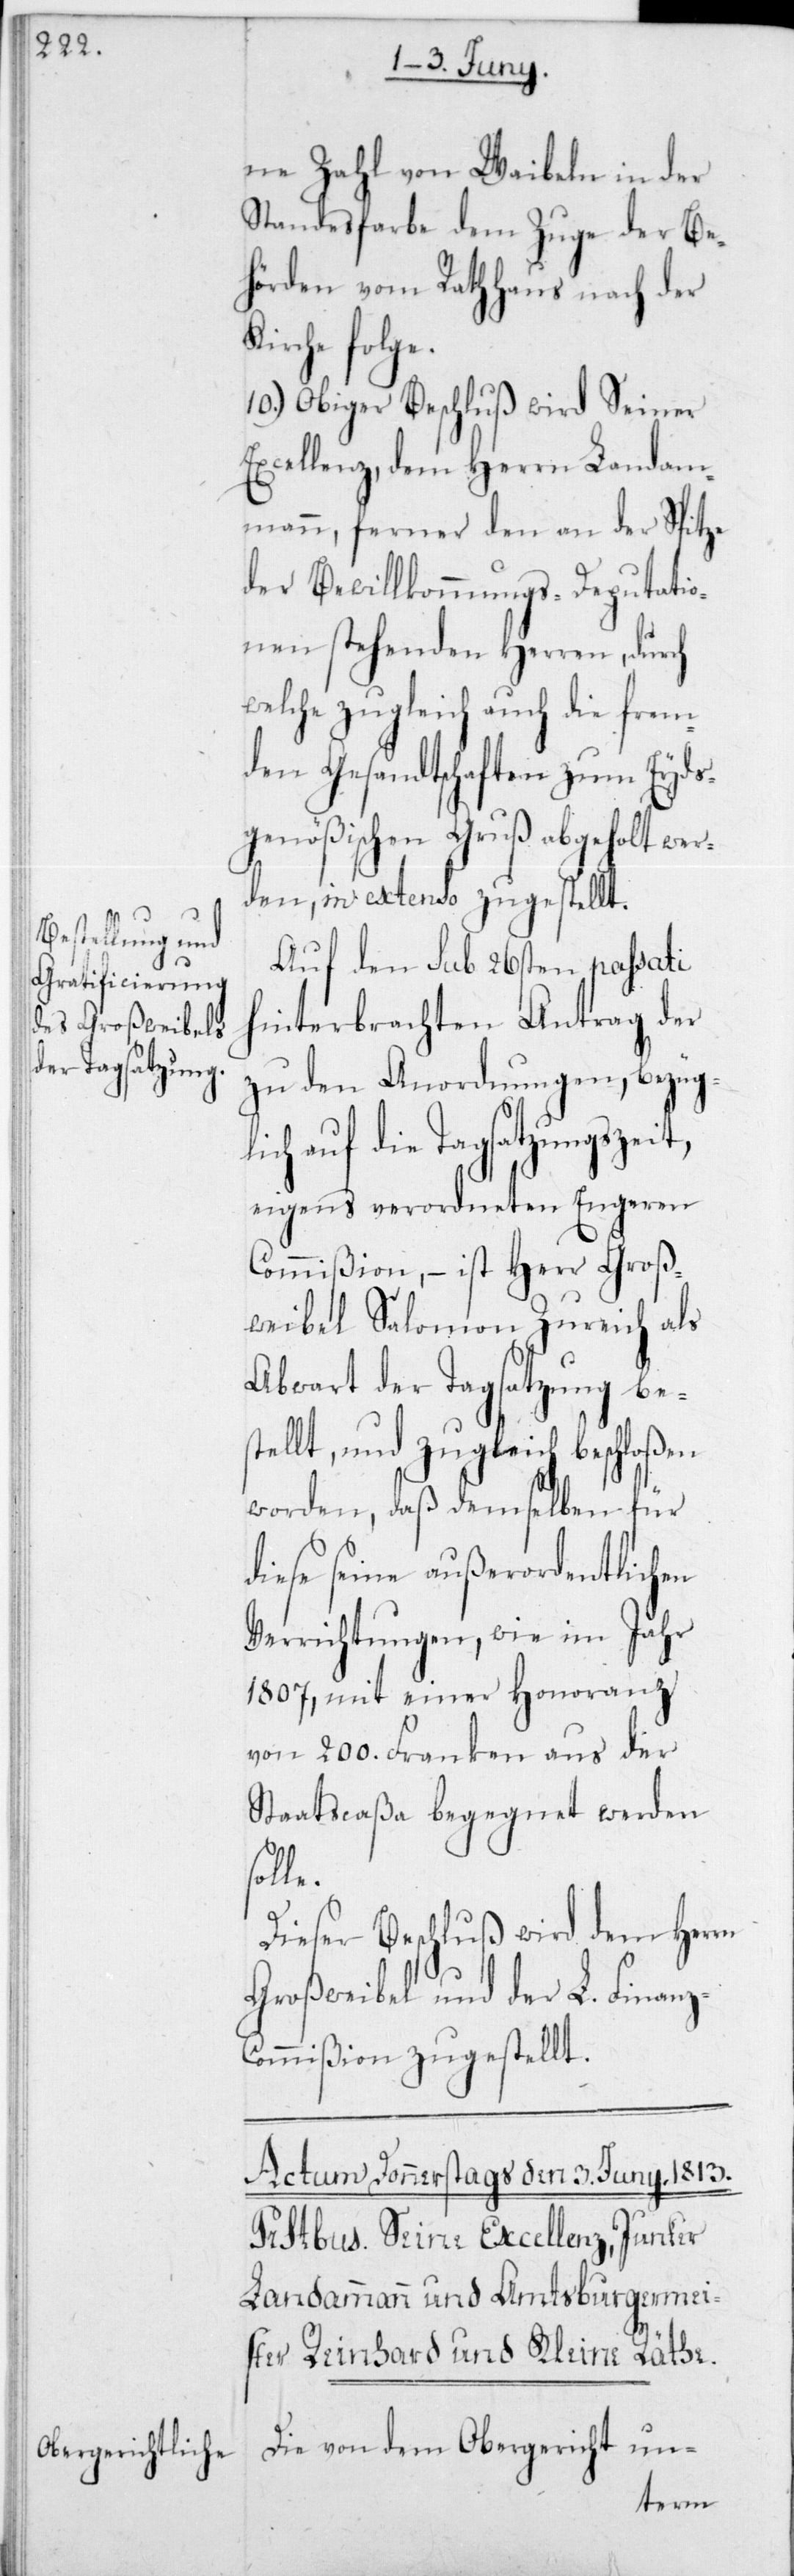
ne Zahl von Weibeln in der
Standesfarbe dem Zuge der Be¬
hörden vom Rathhaus nach der
Kirche folg¬
10.) Obiger Beschluß wird Seiner
Excellenz dem Herrn Landam¬
mann, ferner den an der Spitze
der Bewillkommnungs-Deputie¬
rten stehenden Herren, durch
welche zugleich auch die frem¬
den Gesandtschaften zum Eyds¬
genößischen Gruß abgeholt wer¬
den, in extenso zugerstellt.
Auf den sub 26sten passati
hinterbrachten Antrag der
zu den Anordnungen, bezügl¬
ich auf die Tagsatzungszeit,
eigens verordneten engeren
Commißion, – ist Herr Groß¬
weibel Salomon Zureich als
Abwart der Tagsatzung bes¬
tellt, und zugleich beschloßen
worden, daß demselben für
diese seine außerordentlichen
Verrichtungen, wie im Jahr
1807, mit einer Honoranz
von 200 Franken aus der
Staatscaßa begegnet werden
le.
Dieser Beschluß wird dem Herrn
Großweibel und der L. Finanz-C¬
ommißion zugestellt.
Die von dem Obergericht un-